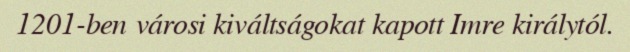
1201-ben városi kiváltságokat kapott Imre királytól.